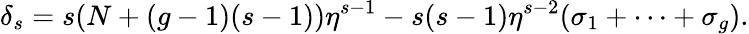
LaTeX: \delta_{s}=s(N+(g-1)(s-1))\eta^{s-1}-s(s-1)\eta^{s-2}(\sigma_{1}+\cdots+\sigma_{g}).